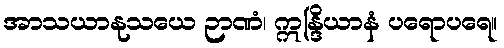
အာသယာနုသယေ ဉာဏံ၊ ဣန္ဒြိယာနံ ပရောပရေ။